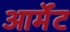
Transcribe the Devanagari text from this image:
आर्मेंट